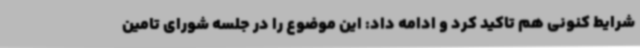
شرایط کنونی هم تاکید کرد و ادامه داد: این موضوع را در جلسه شورای تامین